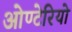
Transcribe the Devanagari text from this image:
ओण्टेरियो